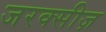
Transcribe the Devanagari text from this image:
जरक्सीज़